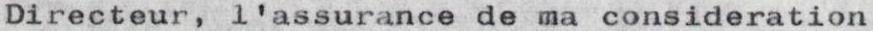
Directeur, l'assurance de ma consideration